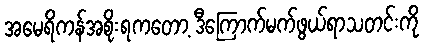
အမေရိကန်အစိုးရကတော့ ဒီကြောက်မက်ဖွယ်ရာသတင်းကို